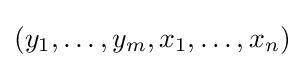
(y_{1},\dots ,y_{m},x_{1},\dots ,x_{n})